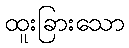
ထူးခြားသော